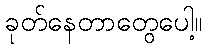
ခုတ်နေတာတွေပေါ့။